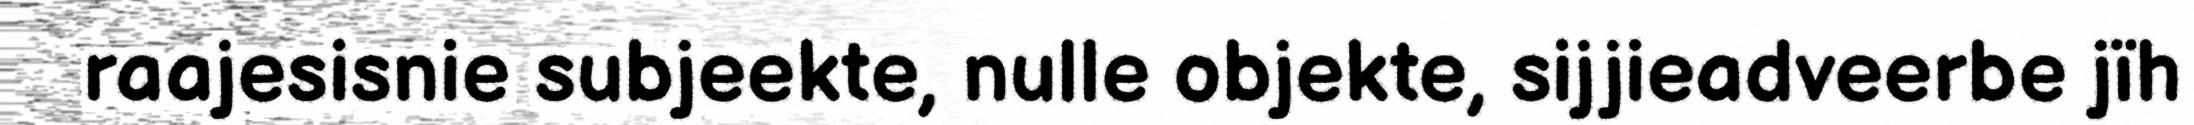
raajesisnie subjeekte, nulle objekte, sijjieadveerbe jïh